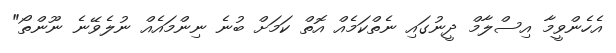
އެެހެންވީމާ އިސްލާމް ދީނުގައި ނެތްކަމެއް އޮތް ކަމަށް ބުނެ ނިންމައެއް ނުލެވޭނެ ނޫންތޯ"